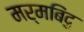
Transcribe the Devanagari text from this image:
मर्मबिंदु